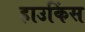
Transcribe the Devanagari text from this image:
हाउकिंस